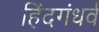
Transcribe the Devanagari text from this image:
हिंदगंधर्व